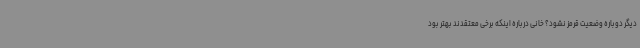
دیگر دوباره وضعیت قرمز نشود؟ خانی درباره اینکه برخی معتقدند بهتر بود